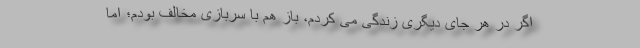
اگر در هر جای دیگری زندگی می کردم، باز هم با سربازی مخالف بودم؛ اما